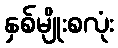
နှစ်မျိုးစလုံး